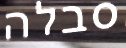
סבלה